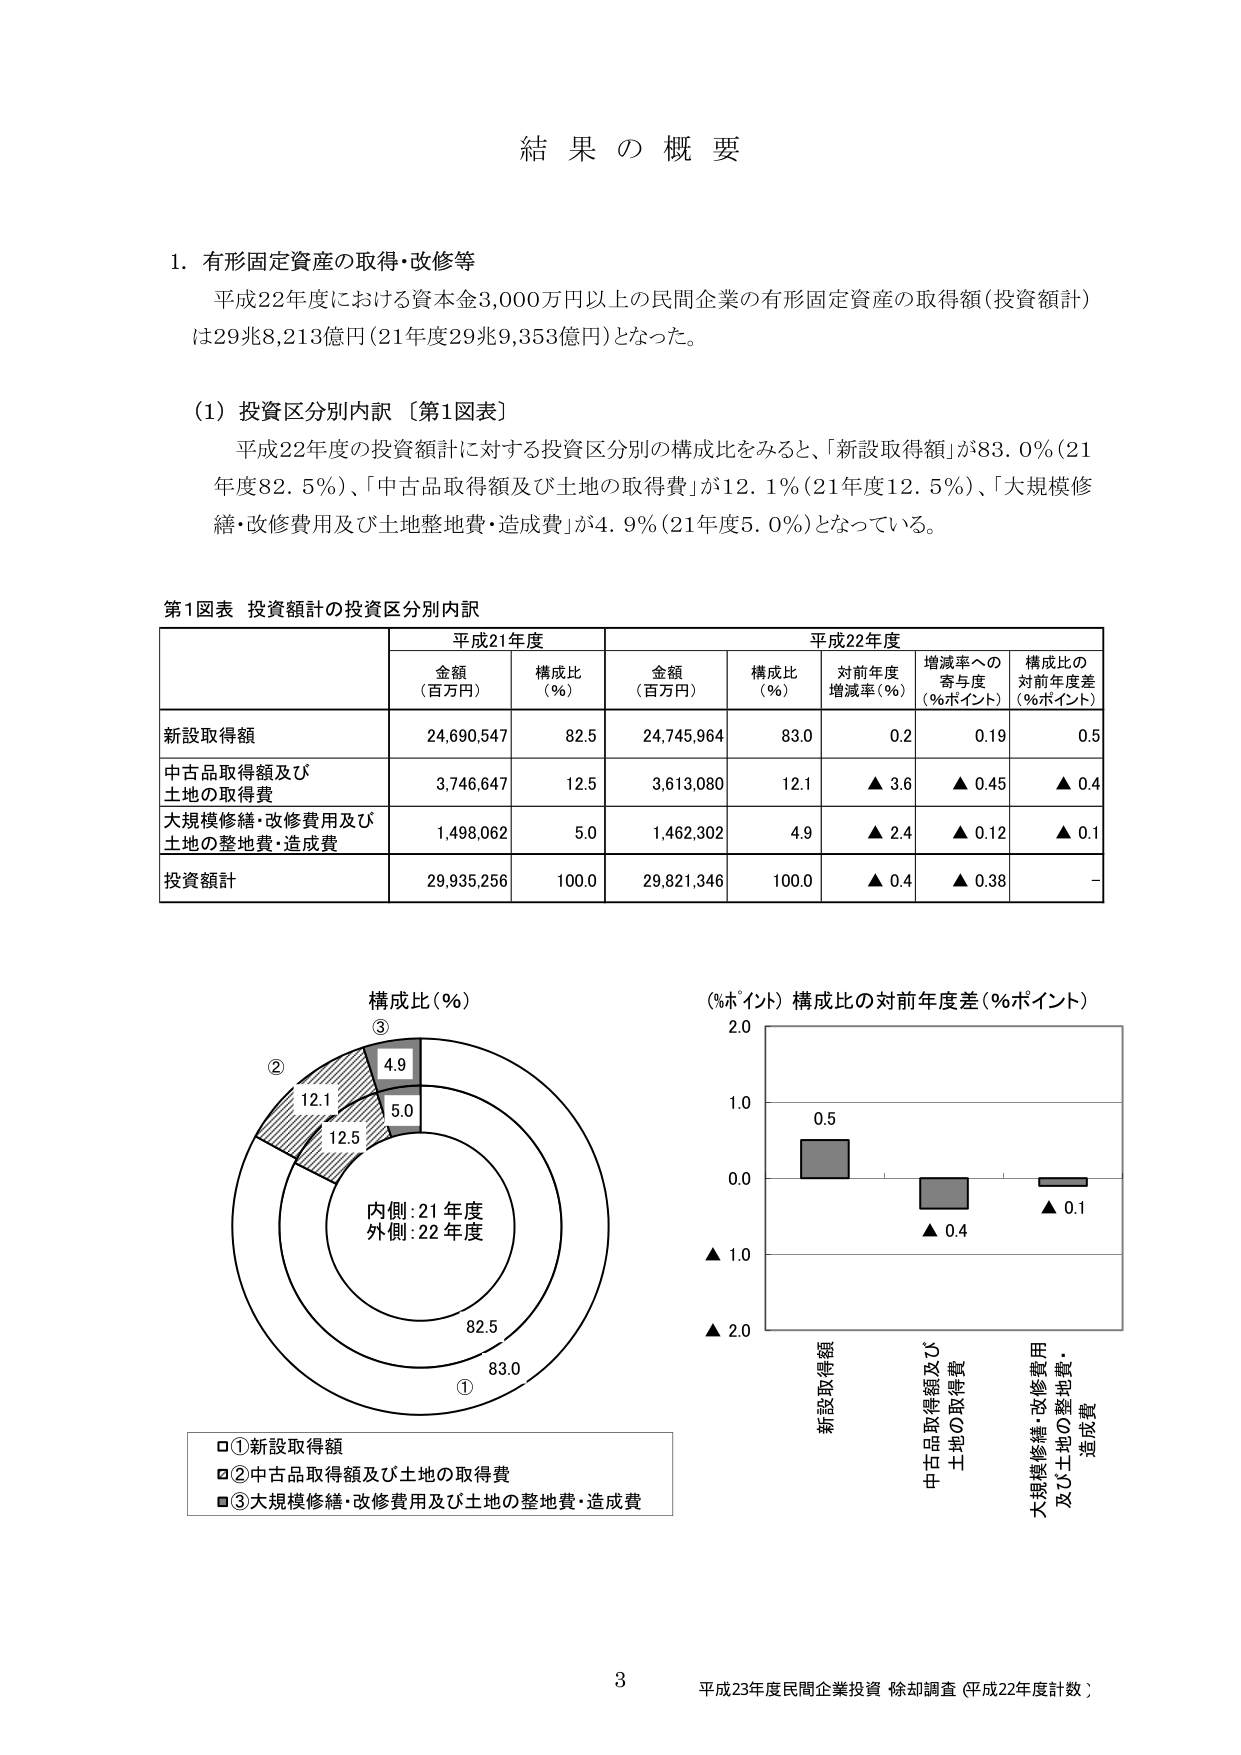
結果の概要

1. 有形固定資産の取得・改修等
平成22年度における資本金3,000万円以上の民間企業の有形固定資産の取得額（投資額計）は29兆8,213億円（21年度29兆9,353億円）となった。

（1）投資区分別内訳［第1図表］
平成22年度の投資額計に対する投資区分別の構成比をみると、「新設取得額」が83.0％（21年度82.5％）、「中古品取得額及び土地の取得費」が12.1％（21年度12.5％）、「大規模修繕・改修費用及び土地整地費・造成費」が4.9％（21年度5.0％）となっている。

第1図表 投資額計の投資区分別内訳

| | 平成21年度 | | 平成22年度 | | | |
|---|---|---|---|---|---|---|
| | 金額（百万円） | 構成比（％） | 金額（百万円） | 構成比（％） | 対前年度増減率（％） | 増減率への寄与度（％ポイント） | 構成比の対前年度差（％ポイント） |
| 新設取得額 | 24,690,547 | 82.5 | 24,745,964 | 83.0 | 0.2 | 0.19 | 0.5 |
| 中古品取得額及び土地の取得費 | 3,746,647 | 12.5 | 3,613,080 | 12.1 | ▲3.6 | ▲0.45 | ▲0.4 |
| 大規模修繕・改修費用及び土地の整地費・造成費 | 1,498,062 | 5.0 | 1,462,302 | 4.9 | ▲2.4 | ▲0.12 | ▲0.1 |
| 投資額計 | 29,935,256 | 100.0 | 29,821,346 | 100.0 | ▲0.4 | ▲0.38 | - |

構成比（％）
③ 4.9
② 12.1
12.5
5.0
内側：21年度
外側：22年度
82.5
83.0
①

□①新設取得額
□②中古品取得額及び土地の取得費
■③大規模修繕・改修費用及び土地の整地費・造成費

（％ポイント）構成比の対前年度差（％ポイント）
2.0
1.0
0.5
0.0
▲1.0
▲2.0
新設取得額
中古品取得額及び
土地の取得費
大規模修繕・改修費用
及び土地の整地費・
造成費
▲0.4
▲0.1

3
平成23年度民間企業投資 除却調査（平成22年度計数）